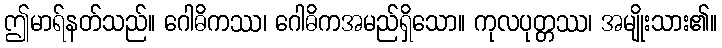
ဤမာရ်နတ်သည်။ ဂေါဓိကဿ၊ ဂေါဓိကအမည်ရှိသော။ ကုလပုတ္တဿ၊ အမျိုးသား၏။